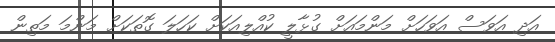
އަދި އަވަސް އަވަހަށް މަންމައަށް ގުޅާލީ ކުއްލިއަކަށް ކަހަލަ ގޮތަކަށް މަންމަ މަތިން